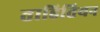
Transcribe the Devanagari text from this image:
ताहितियन